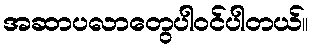
အဆာပလာတွေပါဝင်ပါတယ်။